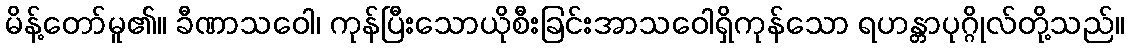
မိန့်တော်မူ၏။ ခီဏာသဝေါ၊ ကုန်ပြီးသောယိုစီးခြင်းအာသဝေါရှိကုန်သော ရဟန္တာပုဂ္ဂိုလ်တို့သည်။